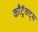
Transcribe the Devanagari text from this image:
काँट्रॅक्ट्स